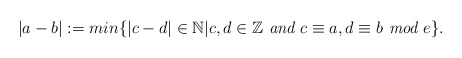
\begin{align*} |a-b|:=min\{|c-d|\in\mathbb{N}|c,d\in\mathbb{Z}\textit{ and }c\equiv a, d\equiv b \textit{ mod } e\} .\end{align*}